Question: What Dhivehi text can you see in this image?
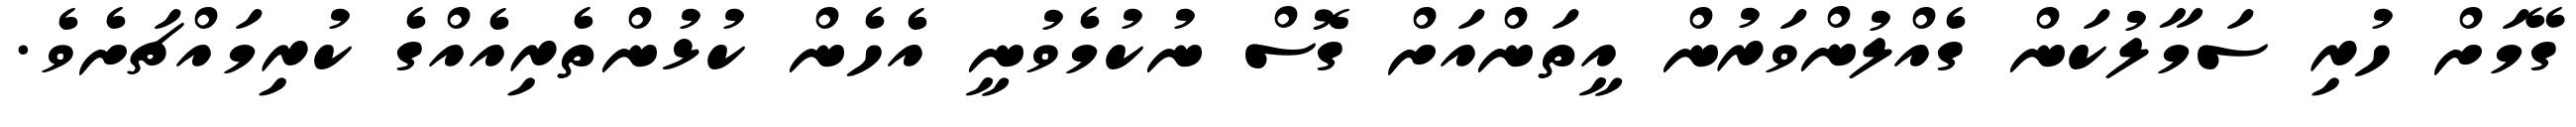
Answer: ގޭމަށް ހުރި ސަމާލުކަން ގެއްލުންވަރުން އީތަންއަށް ގޮސް ނުކުމެވުނީ އެހެން ކުޅުންތެރިއެއްގެ ކުރިމައްޗަށެވެ.